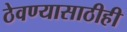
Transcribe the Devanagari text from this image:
ठेवण्यासाठीही